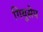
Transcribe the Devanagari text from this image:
गियुसेप